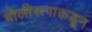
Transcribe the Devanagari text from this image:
बोलीरूपाकडून